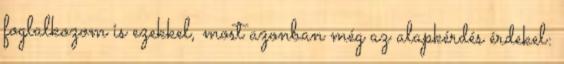
foglalkozom is ezekkel, most azonban még az alapkérdés érdekel: